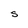
Character: s